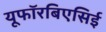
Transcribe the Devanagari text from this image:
यूफॉरबिएसिई